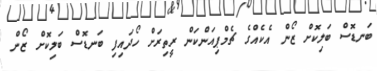
ބަނޑޮސް ބަލިކޮށް ޒޯން އެކެއްގެ ޗެމްޕިއަންކަން ރީތިރަށް ހޯދައިފި ބަނޑޮސް ބަލިކޮށް ޒޯން